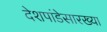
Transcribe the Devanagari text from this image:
देशपांडेसारख्या